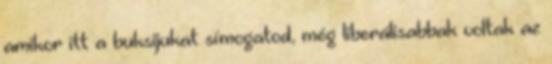
amikor itt a buksijukat símogatod, még liberálisabbak voltak az